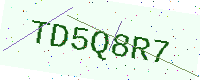
Text: TD5Q8R7